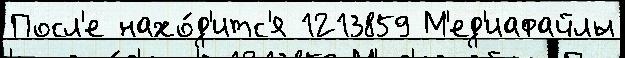
Посл'е нахо́д'итс'я 1213859 М'ед'иафайлы